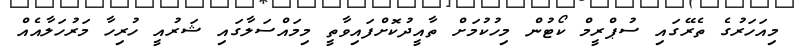
މިއަހަރުގެ ތެރޭގައި ސުޕްރީމް ކޯޓުން މިހުކުމަށް ތާއީދުކޮށްފައިވާތީ މިމައްސަަލާގައި ޝަރުއީ ހުރިހާ މަރުހަލާއެއް